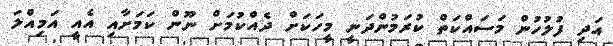
އަދި ފުލުހުން މަސައްކަތް ކުރަމުންދަނީ މީހަކަށް ދެއްކުމަށް ނޫން ކަމަށާއި އެއީ އަމިއްލަ